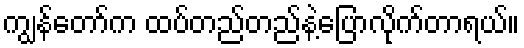
ကျွန်တော်က ထပ်တည်တည်နဲ့ပြောလိုက်တာရယ်။